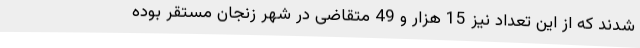
شدند که از این تعداد نیز 15 هزار و 49 متقاضی در شهر زنجان مستقر بوده